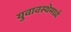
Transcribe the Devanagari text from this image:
युवावस्थेमध्ये